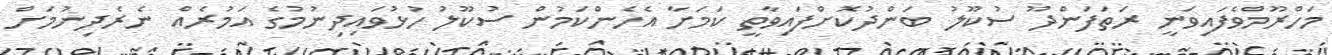
މަހްރޫމްވެފައިވަނީ ރަތަފަންދޫ ސުކޫލު ބަންދުކޮށްފައިވާތީ ކަމަށާ އެހެންކަމުން ސުކޫލު ހުޅުވައިދިނުމުގެ އަމުރެއް ނެރެދިނުމަށް